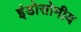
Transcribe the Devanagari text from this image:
इंडोसोमीय